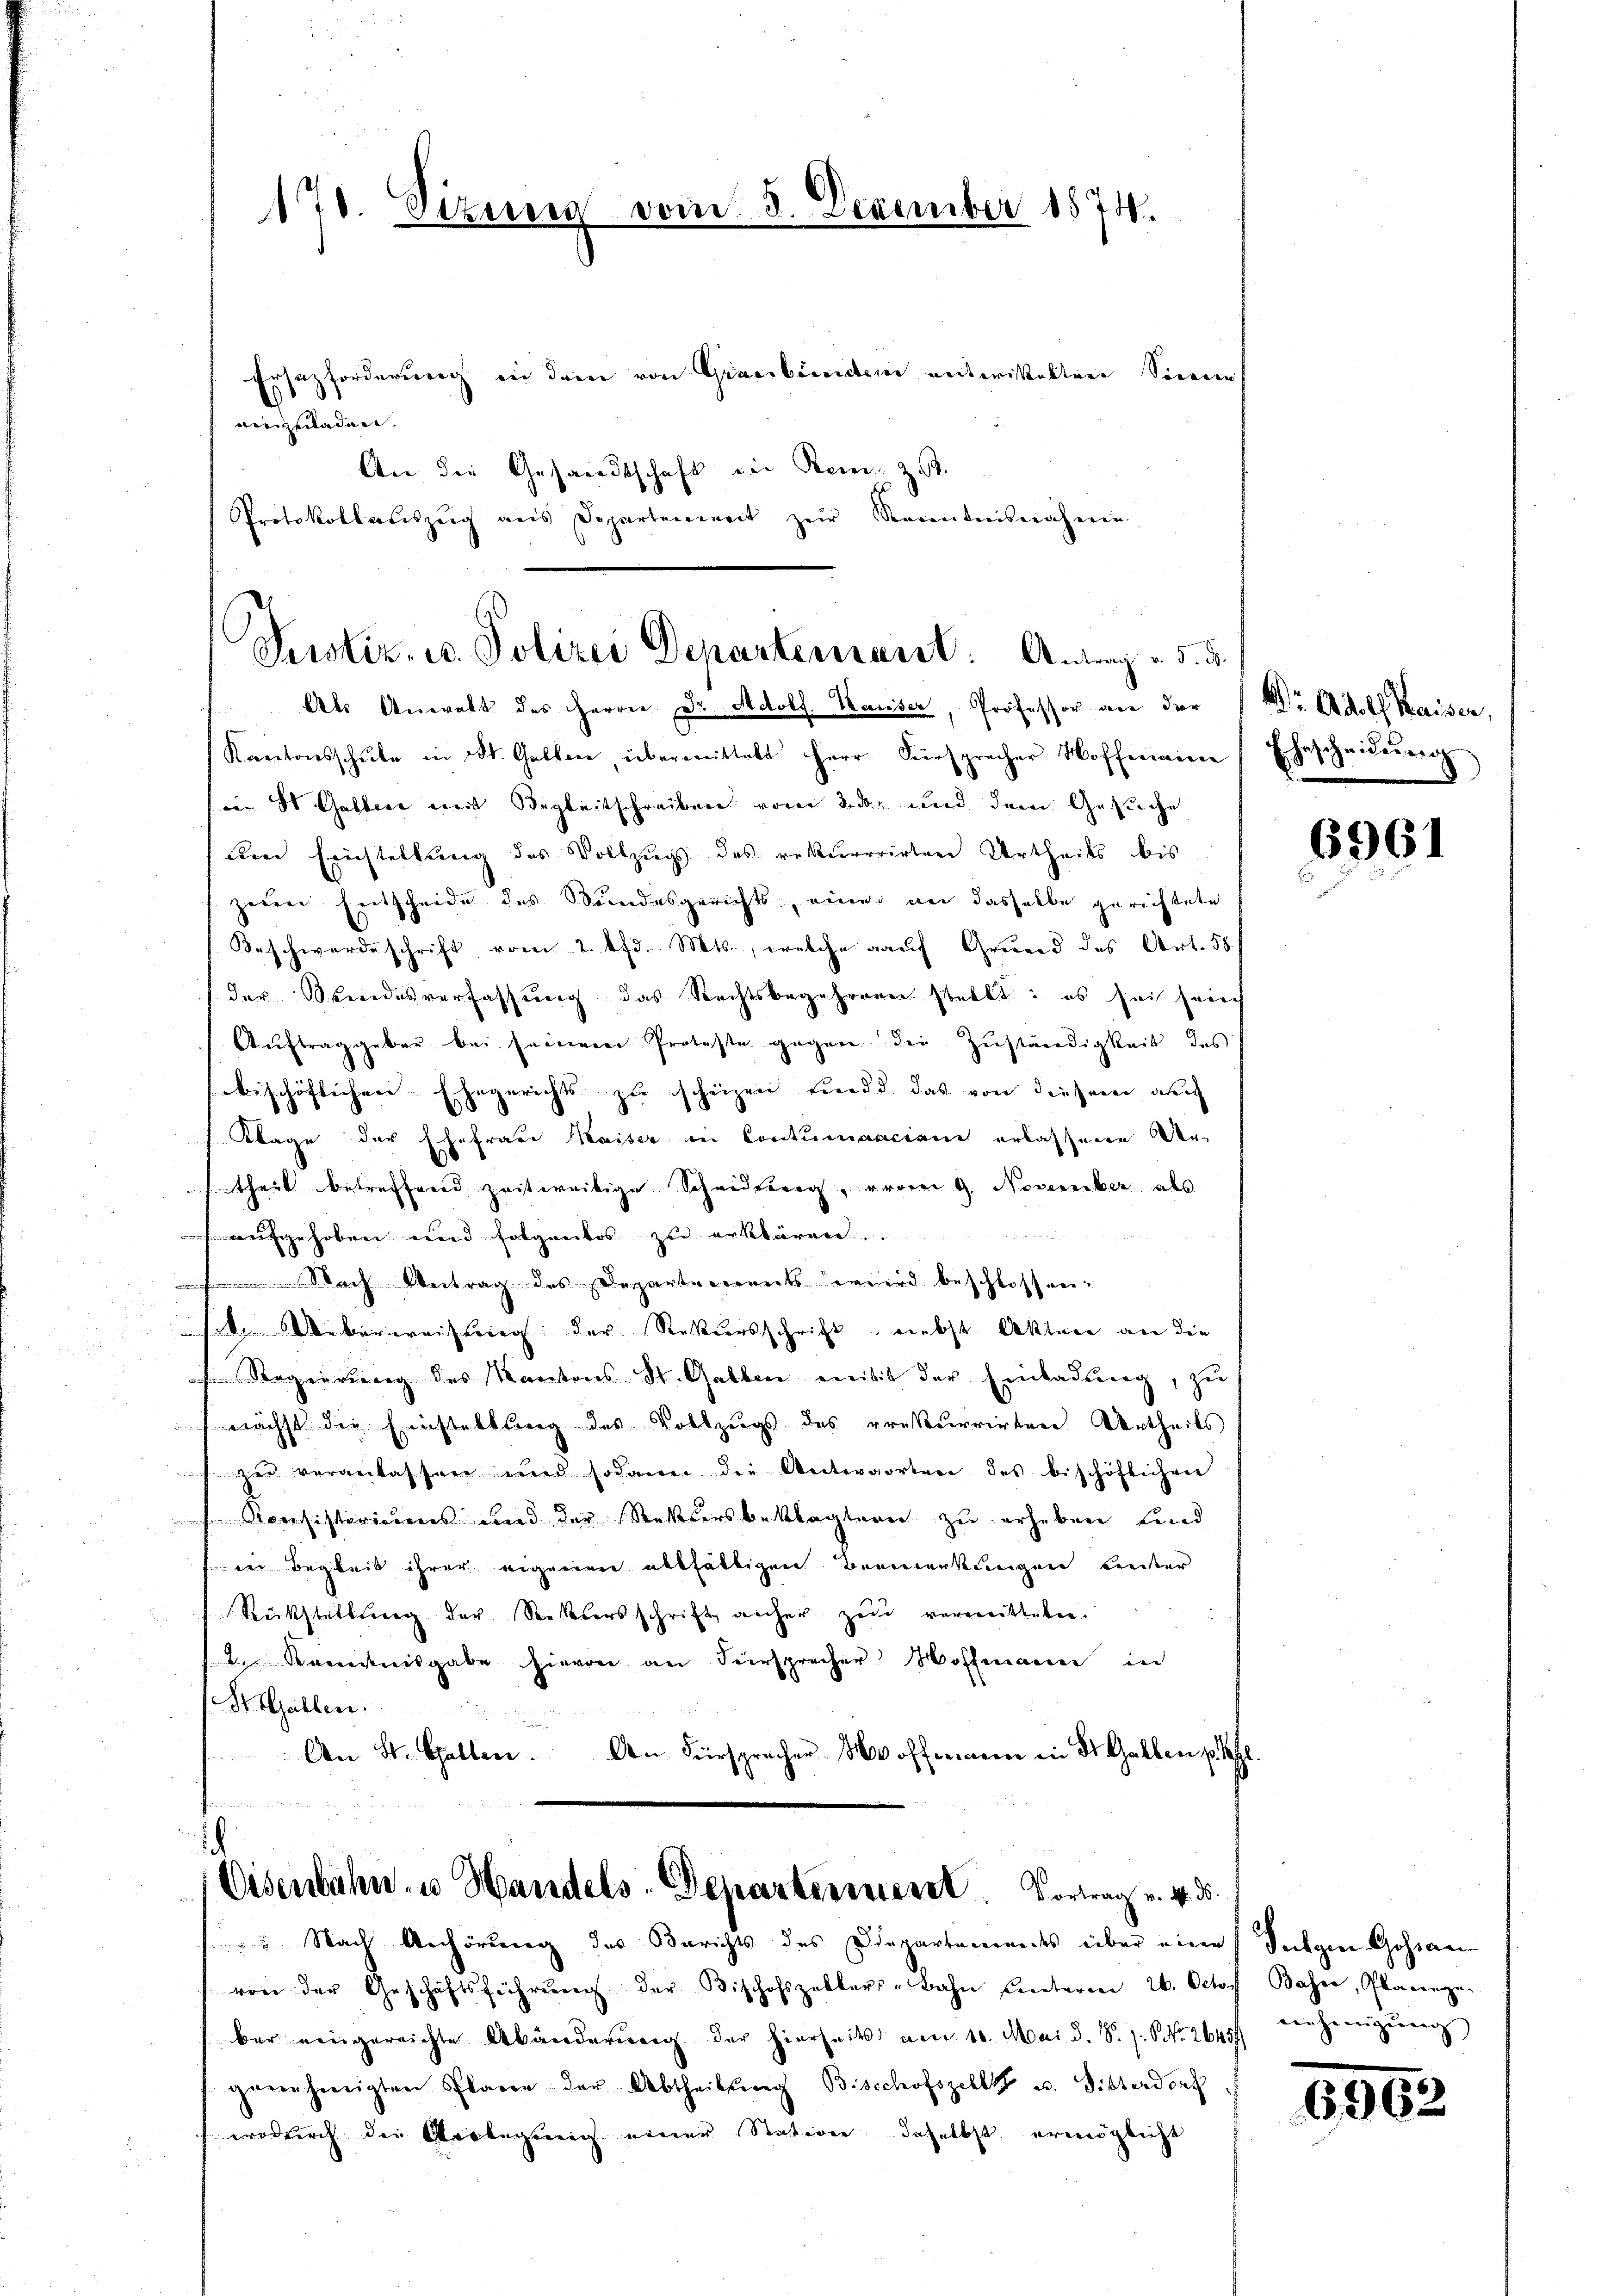
170. Sizung vom 8. Dezember 1874.

Ersatzforderung in dem von Graubünden entwickelten Sinne
vierzuladen.
An die Gesandtschaft in Rein, z.
Protokollauszeig aus Departement zŭr Kenntnisnahme

Justiz- u. Polizei Departement: Antrag v. 5. d.

Als Anwalt des Herrn Dr. Adolf Wander, Professor an der Dr. Adolf Kaiser,
Kantonsschŭle in St. Gallen, übermittelt Herr Fürsprecher Hoffmann Ehescheidŭng
in 8 Gattire mit Begleitschreiben vom 3. der und dem Gesuche
(den Erinstellung des Vollzugs des rekurrirten Urtheils bis
zeren Entscheide des Bundesgerichts, einer an dasselbe gerichtete
Beschwerdeschrift vom 2. d. Mts., welche auf Gruend des Art. 58
der Kindesverfassung das Rechtsbegehren stellt: es sei freich
Aŭftraggeber bei seinem Proteste gegen der Zŭständigkeit des
beschöflichen Ehegerichts zu schiizen und das von diesem auch
Klage der Ehefrau Kaiser in Contumaciani erlassene Ver-
theit betreffend zeitweitige Scheidung, vom 9. November als
 aufgehoben und folgenlos zu erklären.
Nach Vertrag des Departements wird beschlossen-
st. Weberweistung der Rekursschrift, nebst Aktere an die
Regierung des Kantons St. Galben mit der Einladung, zu
nächst die Einstellung des Vollzŭgs des rekurrirten Urtheils
zu veranlassen und sodann die Untergorten des bischöflichen
Konsistoriums und der Restersbeklagtern zu erheben und
der Begreit ihrer eigenen allfältigen Bemerkungen Freiter
Rückstattung der Sektersschrift anher zu verweitteten.
2. Baeredtnisgabe hievon an Fürsprecher Hoffmann in
Dr. Gallen:
An St. Gallen. Den Fürsprecher Hoffmann in St. Gallen pf

Eisenbahn- u. Handels-Departerriere. Vortrag v. 4. ds.

Nach Anhörung des Berichts des Diepartements über eine Sulgen Gossan
von der Geschäftsführŭng der Bischofszeller-Bahn unterm 26. Octos Basse, Planinge-
ber eingereichte Abänderung der hierseits vom 10. Mai d. S. z. S. 2645/
genehmigten Planen der Abtheilŭng Bisschofszell u. Sitterdorf
wodurch die Verlegung einer Station daselbst ermögliche

6961

eehmigŭng

6962